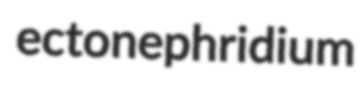
ectonephridium